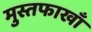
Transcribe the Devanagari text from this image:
मुस्तफाखाँ